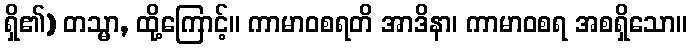
ရှိ၏) တသ္မာ, ထို့ကြောင့်။ ကာမာဝစရတိ အာဒိနာ၊ ကာမာဝစရ အစရှိသော။